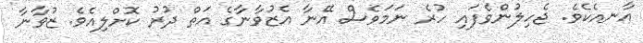
އާނއެކެވެ. ޖެހިލުންވެފައި ހުރެ ނަމަވެސް އޭނާ އެޒުވާނާގެ އަތް ދުރު ކޮށްލިއެވެ. ޒުވާނާ